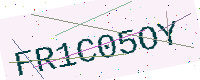
Text: FR1C05OY